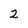
Character: 2